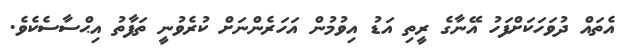
އެތައް ދުވަހަކަށްފަހު އޭނާގެ ރީތި އަޑު އިވުމުން އަހަރެންނަށް ކުރެވުނީ ތަފާތު އިޙްސާސެކެވެ.